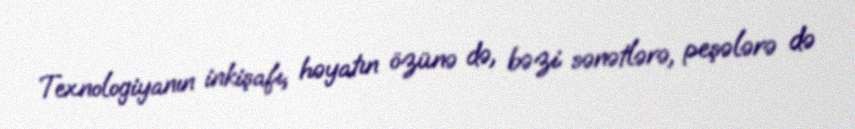
Texnologiyanın inkişafı, həyatın özünə də, bəzi sənətlərə, peşələrə də